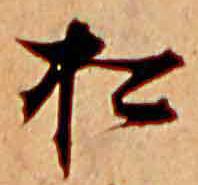
松